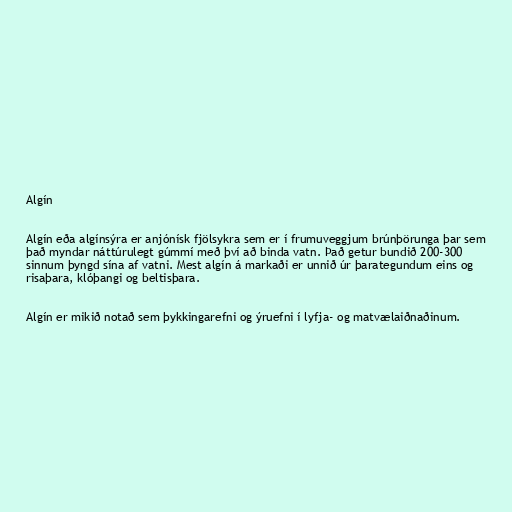
Algín

Algín eða algínsýra er anjónísk fjölsykra sem er í frumuveggjum brúnþörunga þar sem
það myndar náttúrulegt gúmmí með því að binda vatn. Það getur bundið 200-300
sinnum þyngd sína af vatni. Mest algín á markaði er unnið úr þarategundum eins og
risaþara, klóþangi og beltisþara.

Algín er mikið notað sem þykkingarefni og ýruefni í lyfja- og matvælaiðnaðinum.